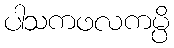
ပါသကဖလကမ္ပိ